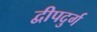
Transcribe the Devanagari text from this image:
द्वीपदुर्ग